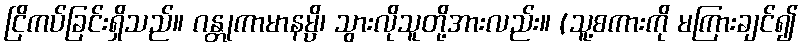
ငြိကပ်ခြင်းရှိသည်။ ဂန္တုကာမာနမ္ပိ၊ သွားလိုသူတို့အားလည်း။ (သူ့စကားကို မကြားချင်၍